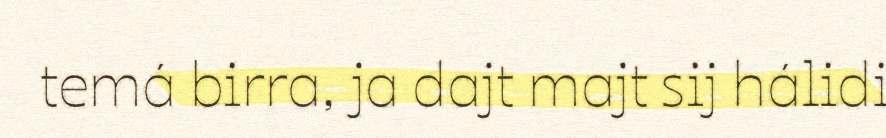
temá birra, ja dajt majt sij hálidi